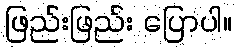
ဖြည်းဖြည်း ပြောပါ။